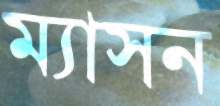
ম্যাসন